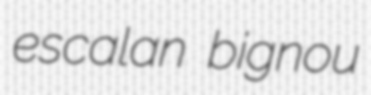
escalan bignou